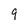
Character: 9